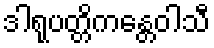
ဒါရုပတ္တိကန္တေဝါသီ